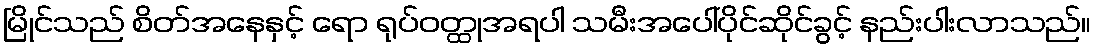
မြိုင်သည် စိတ်အနေနှင့် ရော ရုပ်ဝတ္ထုအရပါ သမီးအပေါ်ပိုင်ဆိုင်ခွင့် နည်းပါးလာသည်။